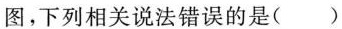
图，下列相关说法错误的是()